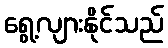
ရွေ့လျားနိုင်သည်